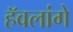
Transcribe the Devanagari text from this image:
हॅवलांगे